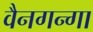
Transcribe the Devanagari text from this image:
वैनगन्गा